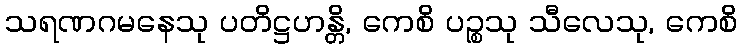
သရဏဂမနေသု ပတိဋ္ဌဟန္တိ, ကေစိ ပဉ္စသု သီလေသု, ကေစိ